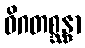
ဝိဂတစ္ဆန္ဒာ